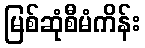
မြစ်ဆုံစီမံကိန်း